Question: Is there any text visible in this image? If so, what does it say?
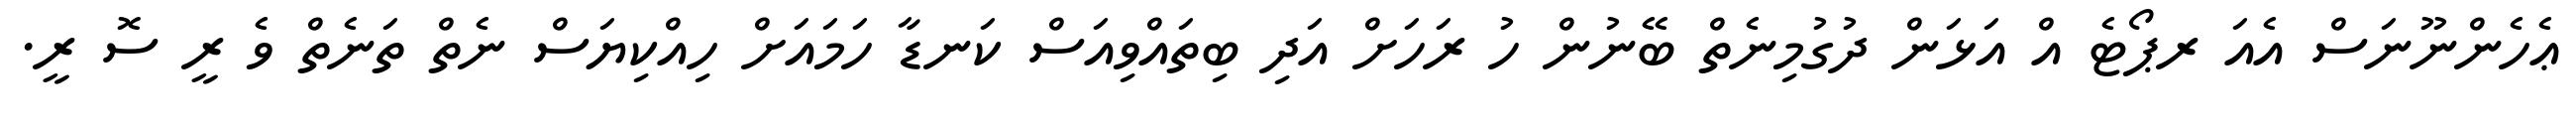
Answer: ޢެހެންނޫނަސް އެއަ ރޕޯޓެ އް އަޅަން ދުގުމިނެތް ބޭނުން ހު ރަހަށް އަދި ބިތައްވިއަސް ކަނޑާ ހަމައަށް ހިއްކިޔަސް ނެތް ތަނެތް ވެ ރީ ސޮ ރީ.